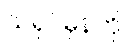
သရုပ်မှန်ကို